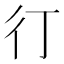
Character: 㣔